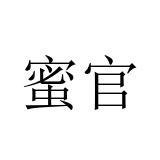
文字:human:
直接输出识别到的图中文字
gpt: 蜜官